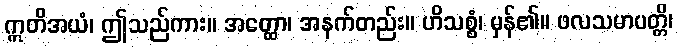
ဣတိအယံ၊ ဤသည်ကား။ အတ္ထော၊ အနက်တည်း။ ဟိသစ္စံ၊ မှန်၏။ ဖလသမာပတ္တိ၊